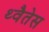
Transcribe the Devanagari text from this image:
थ्वैतेस